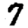
Digit: 7